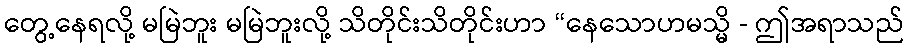
တွေ့နေရလို့ မမြဲဘူး မမြဲဘူးလို့ သိတိုင်းသိတိုင်းဟာ “နေသောဟမသ္မိ - ဤအရာသည်